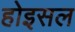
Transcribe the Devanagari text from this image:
होइसल